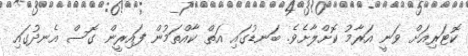
ކޮޓަރިއަށް ވަނީ އަރާމު ކޮށްލާށެވެ. ބަނޑުގައި އަތް ކާއްތަމުން ފައިރީން ގޮސް އެނދުގައި